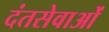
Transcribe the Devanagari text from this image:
दंतसेवाओं